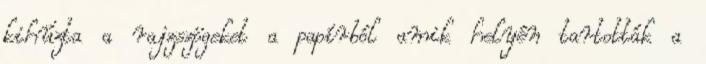
kihúzta a rajzszögeket a papírból amik helyén tartották a